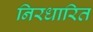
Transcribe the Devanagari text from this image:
निरधारित